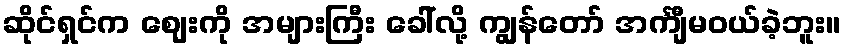
ဆိုင်ရှင်က ဈေးကို အများကြီး ခေါ်လို့ ကျွန်တော် အင်္ကျီမဝယ်ခဲ့ဘူး။